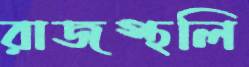
রাজস্থলি